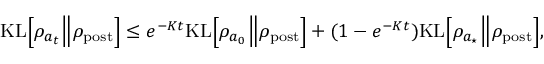
\begin{array} { r } { { \mathrm { K L } } \Bigl [ \rho _ { a _ { t } } \Big \Vert \rho _ { \mathrm { p o s t } } \Bigr ] \leq e ^ { - K t } { \mathrm { K L } } \Bigl [ \rho _ { a _ { 0 } } \Big \Vert \rho _ { \mathrm { p o s t } } \Bigr ] + ( 1 - e ^ { - K t } ) { \mathrm { K L } } \Bigl [ \rho _ { a _ { \star } } \Big \Vert \rho _ { \mathrm { p o s t } } \Bigr ] , } \end{array}